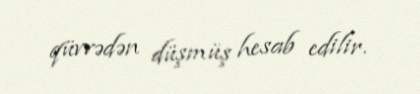
qüvvədən düşmüş hesab edilir.